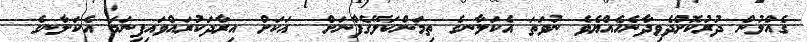
ގެއްލުން ދުރުކޮށްދެވިދާނެހެއްޔެވެ ނުވަތަ އެކަލާނގެ ތިމަންކަލޭގެފާނަށް  އަކަށް އިރާދަކުރައްވައިފިނަމަ އެކަލާނގެ